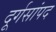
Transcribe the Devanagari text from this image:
दूर्गसांपद